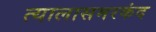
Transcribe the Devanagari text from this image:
त्यालासमरकंद